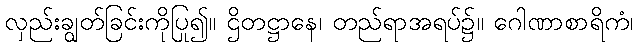
လှည်းချွတ်ခြင်းကိုပြု၍။ ဌိတဋ္ဌာနေ၊ တည်ရာအရပ်၌။ ဂေါဏာစာရိကံ၊